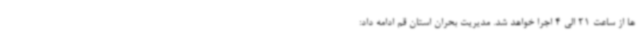
ها از ساعت 21 الی 4 اجرا خواهد شد. مدیریت بحران استان قم ادامه داد: